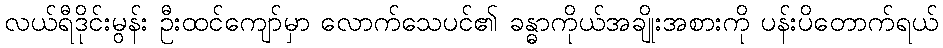
လယ်ရီဒိုင်းမွန်း ဦးထင်ကျော်မှာ လောက်သေပင်၏ ခန္ဓာကိုယ်အချိုးအစားကို ပန်းပိတောက်ရယ်